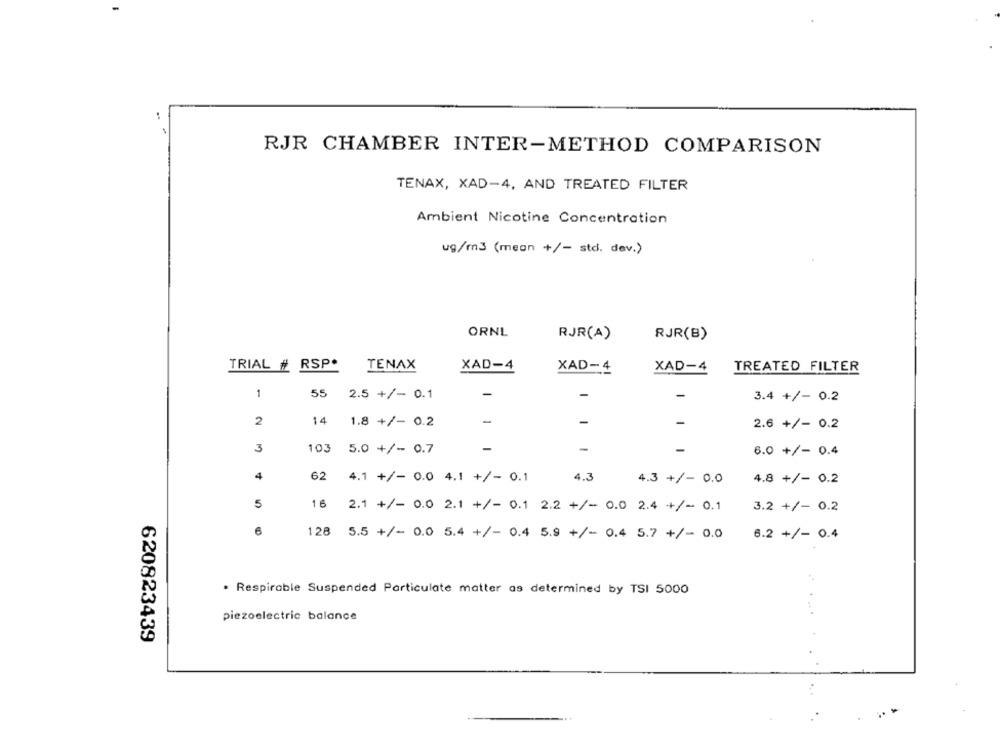
RJR CHAMBER INTER-METHOD COMPARISON
TENAX, XAD-4, AND TREATED FILTER
Ambient Nicotine Concentration
ug/m3 (mean +/- std. dev.)
ORNL
RJR(A)
RJR(B)
TRIAL # RSP.
TENAX
XAD-4
XAD-4
XAD-4
TREATED FILTER
1
55
2.5 +/- 0.1
-
-
-
3.4 +/- 0.2
-
-
2
14 1.8 +/- 0.2
-
2.6 +/- 0.2
3
103 5.0 +/- 0.7
-
-
-
6.0 +/- 0.4
4
62
4.1 +/- 0.0 4.1 +/- 0.1
4.3
4.3 +/- 0.0
4.8 +/- 0.2
5
16
2.1 +/- 0.0 2.1 +/- 0.1 2.2 +/- 0.0 2.4 +/- 0.1
3.2 +/- 0.2
6
128 5.5 +/- 0.0 5.4 +/- 0.4 5.9 +/- 0.4 5.7 +/- 0.0 6.2 +/- 0.4
. Respirable Suspended Particulate matter as determined by TSI 5000
piezoelectric balance
620823439